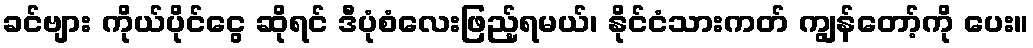
ခင်ဗျား ကိုယ်ပိုင်ငွေ ဆိုရင် ဒီပုံစံလေးဖြည့်ရမယ်၊ နိုင်ငံသားကတ် ကျွန်တော့်ကို ပေး။